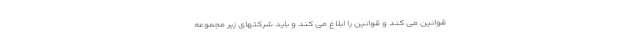
قوانین می کند و قوانین را ابلاغ می کند و باید شرکتهای زیر مجموعه